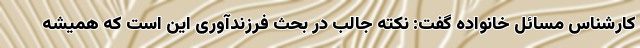
کارشناس مسائل خانواده گفت: نکته جالب در بحث فرزندآوری این است که همیشه